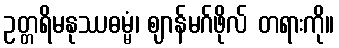
ဥတ္တရိမနုဿဓမ္မံ၊ ဈာန်မဂ်ဖိုလ် တရားကို။